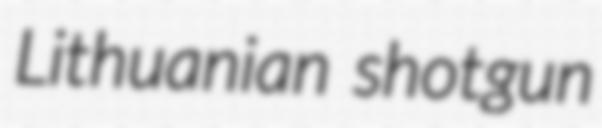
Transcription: Lithuanian shotgun